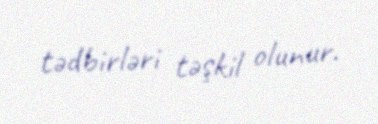
tədbirləri təşkil olunur.